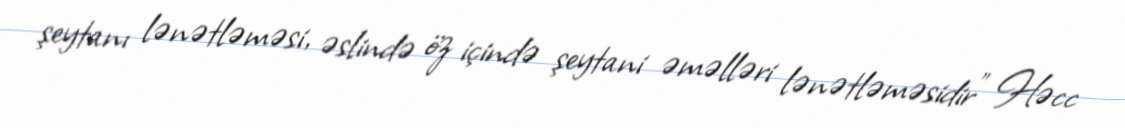
şeytanı lənətləməsi, əslində öz içində şeytani əməlləri lənətləməsidir” Həcc